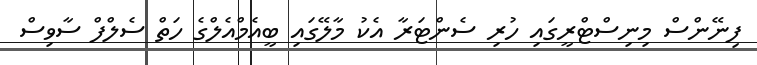
ފިނޭންސް މިނިސްޓްރީގައި ހުރި ސެންޓަރާ އެކު މާލޭގައި ބީއެމްއެލްގެ ހަތް ސެލްފް ސާވިސް